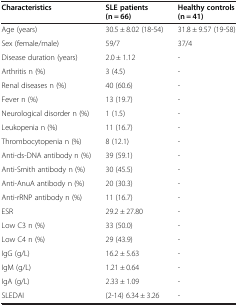
| Characteristics | SLE patients (n = 66) | Healthy controls (n = 41) |
 | --- | --- | --- |
 | Age (years) | 30.5 ± 8.02 (18-54) | 31.8 ± 9.57 (19-58) |
 | Sex (female/male) | 59/7 | 37/4 |
 | Disease duration (years) | 2.0 ± 1.12 | - |
 | Arthritis n (%) | 3 (4.5) | - |
 | Renal diseases n (%) | 40 (60.6) | - |
 | Fever n (%) | 13 (19.7) | - |
 | Neurological disorder n (%) | 1 (1.5) | - |
 | Leukopenia n (%) | 11 (16.7) | - |
 | Thrombocytopenia n (%) | 8 (12.1) | - |
 | Anti-ds-DNA antibody n (%) | 39 (59.1) | - |
 | Anti-Smith antibody n (%) | 30 (45.5) | - |
 | Anti-AnuA antibody n (%) | 20 (30.3) | - |
 | Anti-rRNP antibody n (%) | 11 (16.7) | - |
 | ESR | 29.2 ± 27.80 | - |
 | Low C3 n (%) | 33 (50.0) | - |
 | Low C4 n (%) | 29 (43.9) | - |
 | IgG (g/L) | 16.2 ± 5.63 | - |
 | IgM (g/L) | 1.21 ± 0.64 | - |
 | IgA (g/L) | 2.33 ± 1.09 | - |
 | SLEDAI | (2-14) 6.34 ± 3.26 | - |